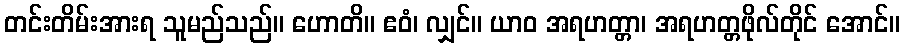
တင်းတိမ်းအားရ သူမည်သည်။ ဟောတိ။ ဧဝံ၊ လျှင်။ ယာဝ အရဟတ္တာ၊ အရဟတ္တဖိုလ်တိုင် အောင်။